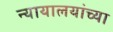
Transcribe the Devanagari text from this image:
न्यायालयांच्या